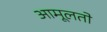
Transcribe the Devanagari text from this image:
आमूलतो